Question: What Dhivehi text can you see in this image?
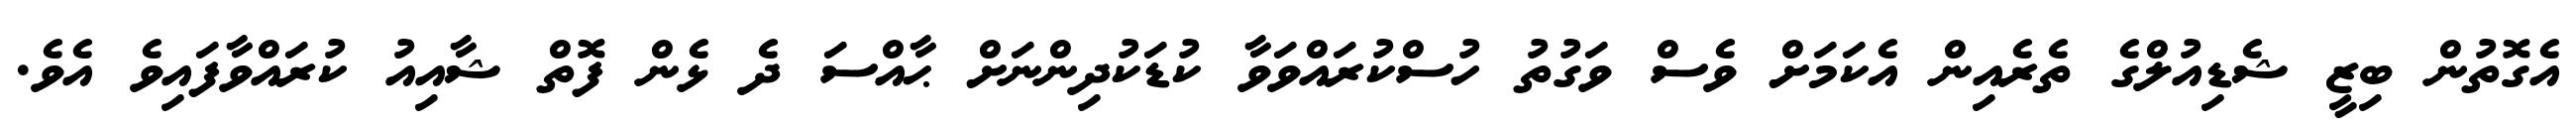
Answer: އެގޮތުން ބިޒީ ޝެޑިއުލްގެ ތެރެއިން އެކަމަށް ވެސް ވަގުތު ހުސްކުރައްވަވާ ކުޑަކުދިންނަށް ޙާއްސަ ދެ ޅެން ފޮތް ޝާއިއު ކުރައްވާފައިވެ އެވެ.